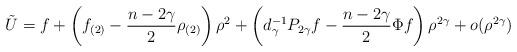
LaTeX: \begin{align*}\tilde U = f + \left(f_{(2)}-\frac{n-2\gamma}{2}\rho_{(2)}\right)\rho^2 + \left(d_\gamma^{-1}P_{2\gamma}f - \frac{n-2\gamma}{2}\Phi f\right)\rho^{2\gamma} + o(\rho^{2\gamma})\end{align*}